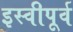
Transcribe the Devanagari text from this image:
इस्वीपूर्व